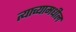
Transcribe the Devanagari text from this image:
त्याच्यामधील